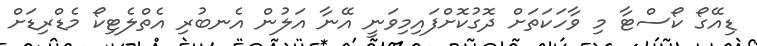
ޑިއޭގޯ ކޯސްޓާ މި ވާހަކަތަށް ދޮގުކޮށްފައިމިވަނީ އޭނާ އަލުން އެނބުރި އެތްލެޓިކޯ މެޑްރިޑަށް